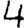
Digit: 4